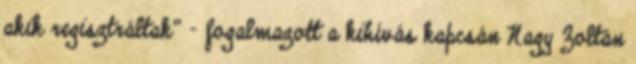
akik regisztráltak” – fogalmazott a kihívás kapcsán Nagy Zoltán